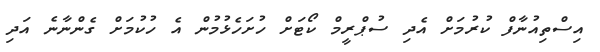
އިސްތިއުނާފް ކުރުމަށް އެދި ސުޕްރީމް ކޯޓަށް ހުށަހެޅުމުން އެ ހުކުމަށް ގެންނާނެ އަދި